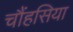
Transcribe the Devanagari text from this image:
चौंहसिया